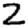
Digit: 2